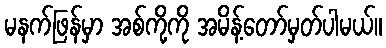
မနက်ဖြန်မှာ အစ်ကို့ကို အမိန့်တော်မှတ်ပါမယ်။